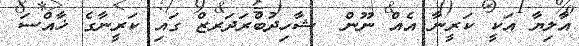
އާލިޔާ އަކީ ކަރީނާ އެއް ނޫން  ޝާހިދުބްރަދަރޒް ގައި ކަރީނާގެ ޚާއްސަ